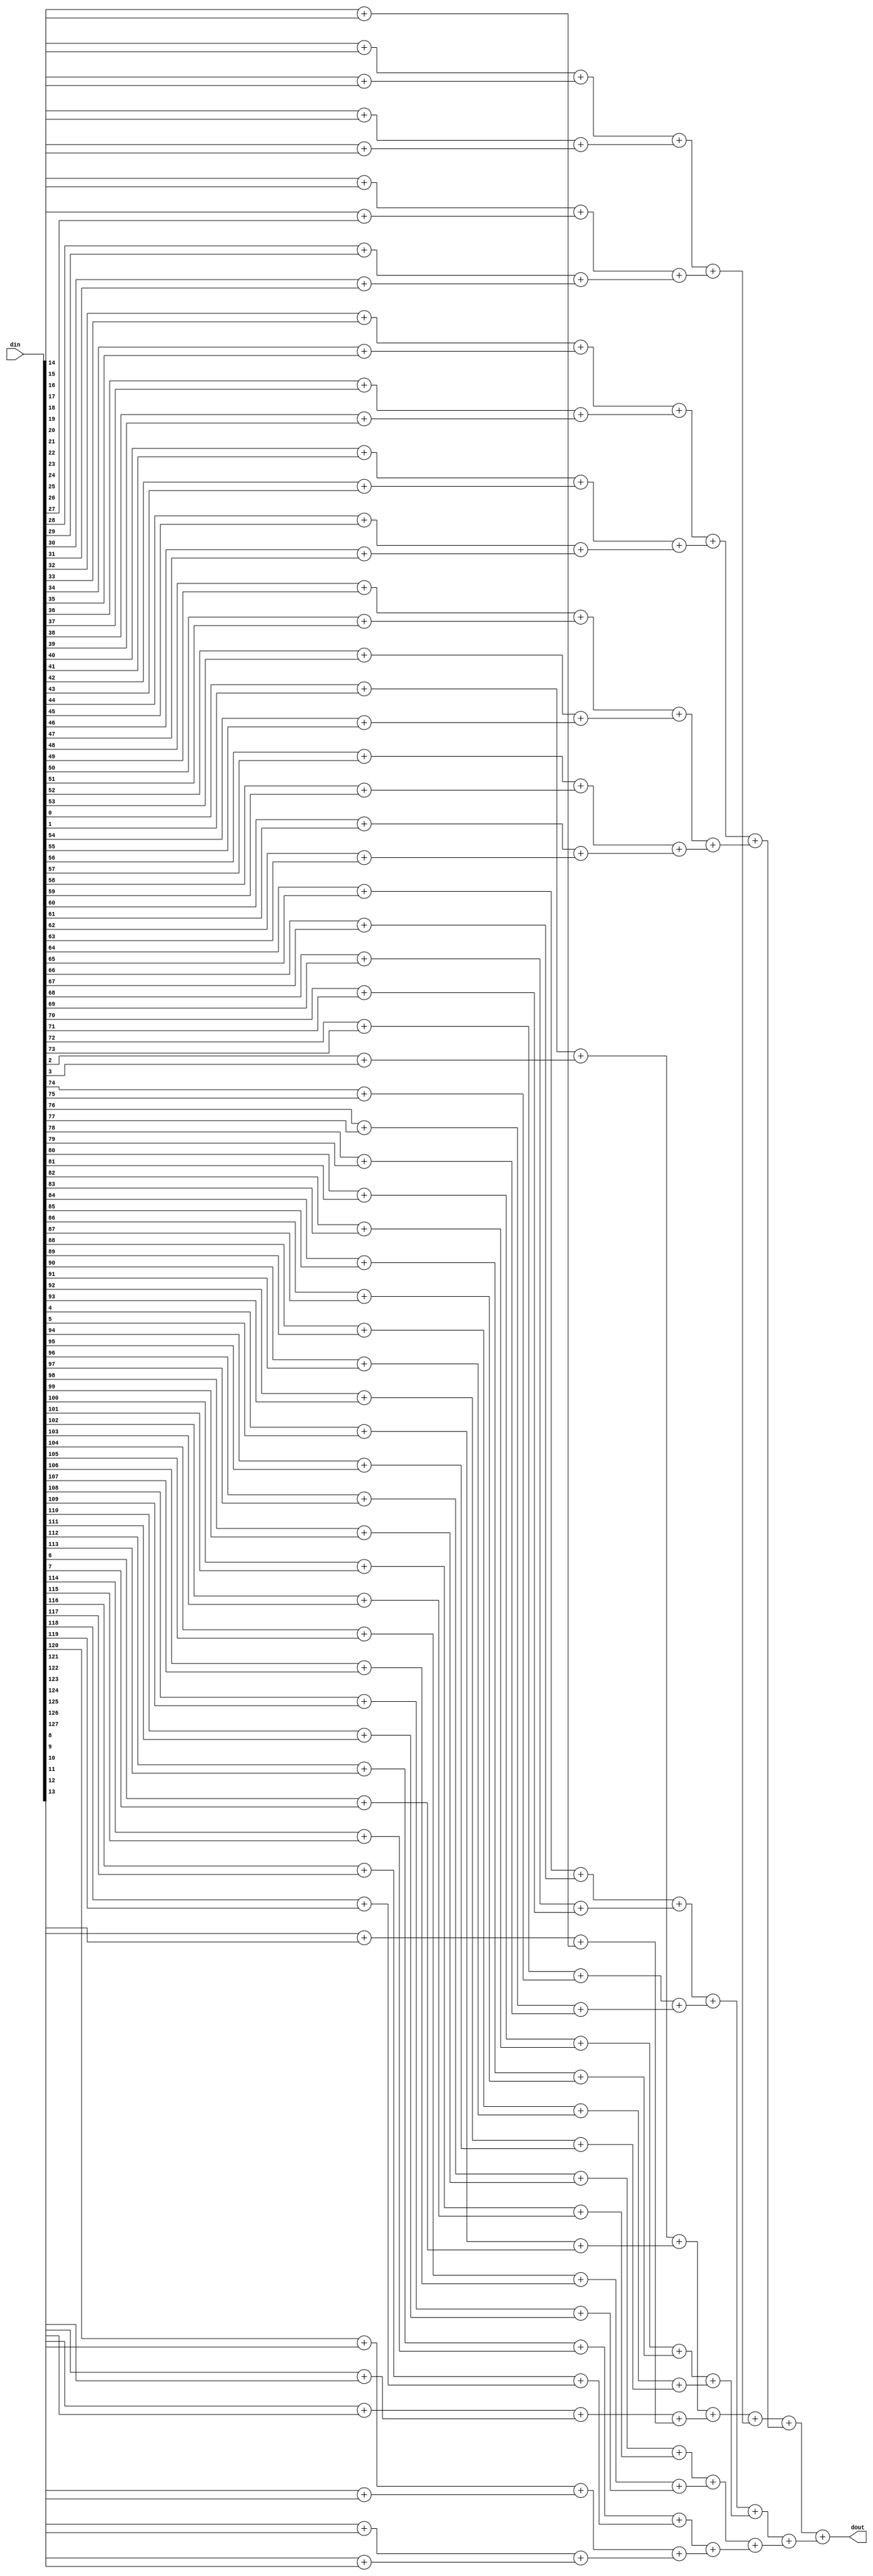
/**
 *  Electronics Design Competition 2015
 *  Sound Source Localization
 *
 *  The binary tree adder module - bintree.v
 */

`timescale 1ns/100ps

module bintree(din, dout);
    /* Parameter definition */
    parameter NDATA = 128;
    localparam NDATA_LOG = $clog2(NDATA);
    
    /* Input/output definition */
    input [NDATA-1:0] din;
    output [NDATA_LOG:0] dout;

    /* Generator definition */
    genvar i,x;
    generate
        // Iterate to Log2(N) binary tree adder
        for(i=1; i<NDATA_LOG;i = i+1) begin: bAdd
            // Get the number of adder in one level
            localparam j = (NDATA >> i);
            // Create new data wire
            wire [i:0] data [0:j-1];

            for(x=0; x<j; x = x + 1) begin: bAdder
                localparam nx = x*2;
                if (i == 1)
                    // Wiring from input wire
                    assign bAdd[i].data[x] = din[nx:nx] + din[nx+1:nx+1];
                else
                    // Wiring from last data wire
                    assign bAdd[i].data[x] = bAdd[i-1].data[nx] + bAdd[i-1].data[nx+1];
            end
        end

        // Wire output to the last data wire
        assign dout = bAdd[NDATA_LOG-1].data[0] + bAdd[NDATA_LOG-1].data[1];
    endgenerate
    
endmodule